65_HS1-834228961_62-HQ-83894_Section_8
Agency: FBI
Page 188
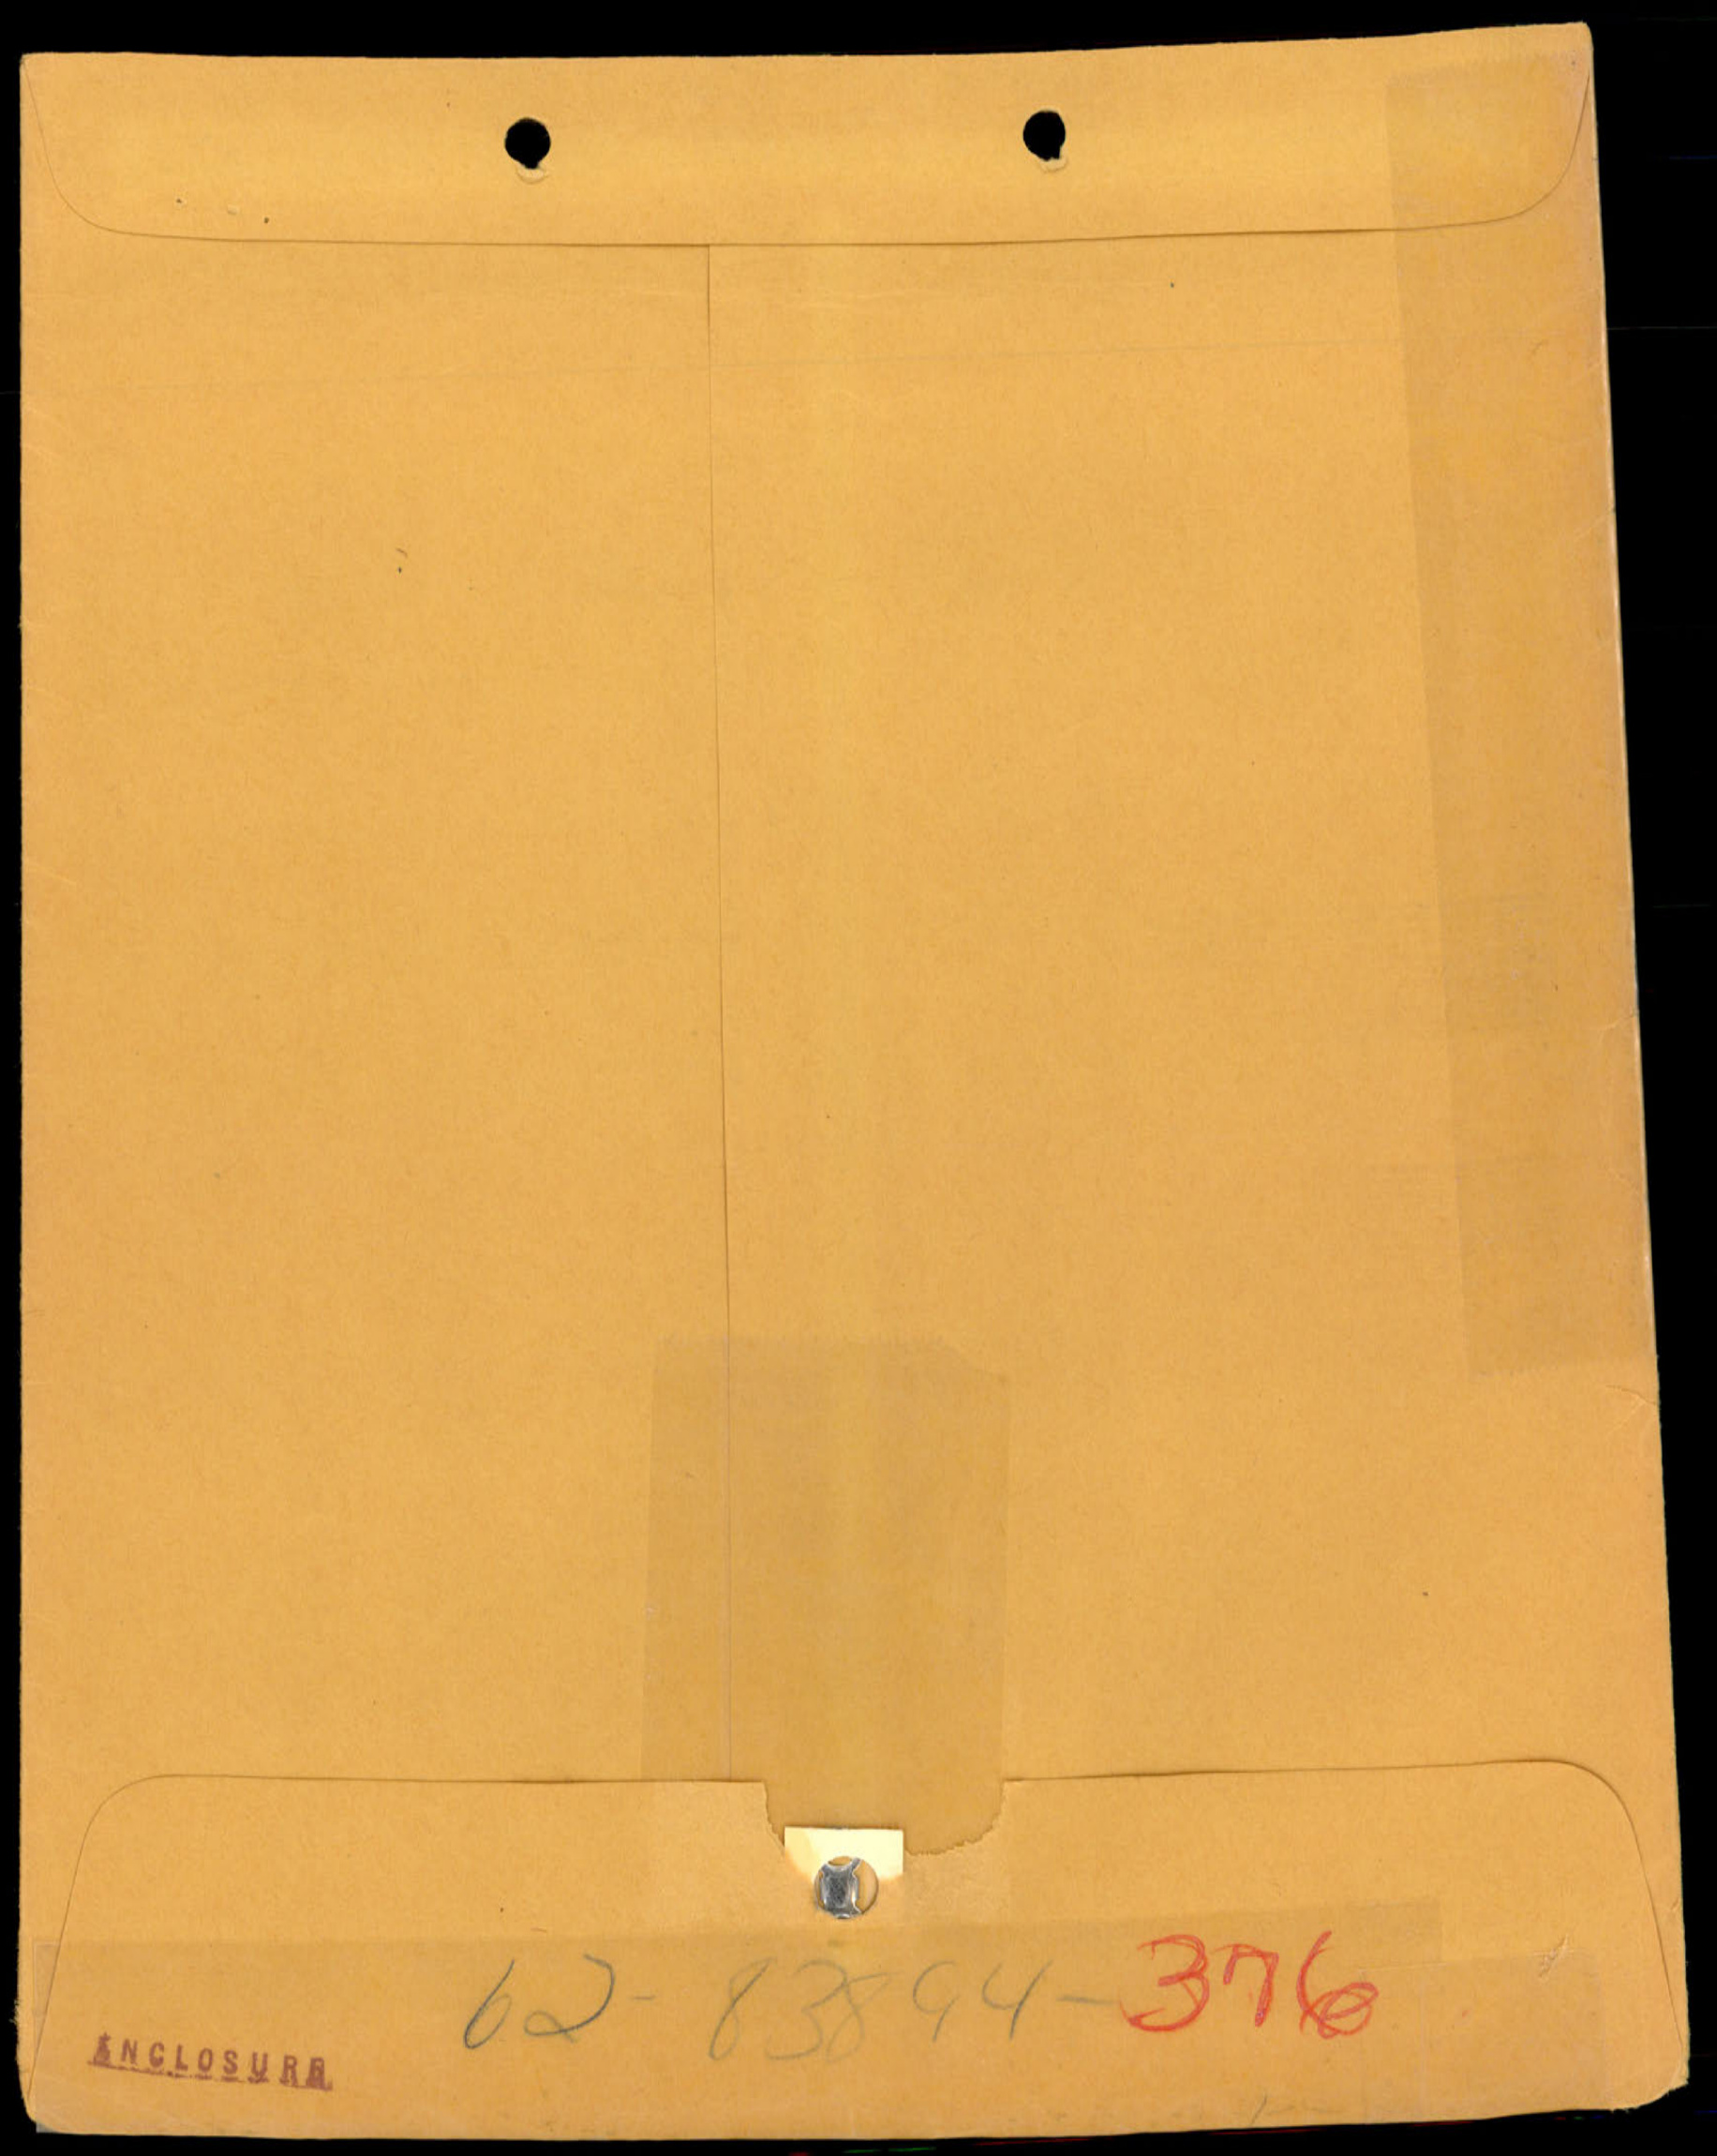